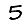
Digit: 5